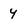
Character: 4